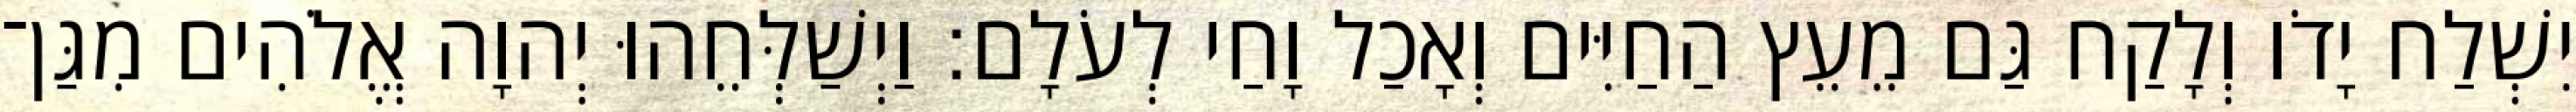
יִשְׁלַח יָדֹו וְלָקַח גַּם מֵעֵץ הַחַיִּים וְאָכַל וָחַי לְעֹלָם׃ וַיְשַׁלְּחֵהוּ יְהוָה אֱלֹהִים מִגַּן־